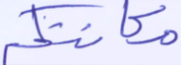
مكانتكم